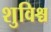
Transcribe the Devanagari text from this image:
शुविश्च